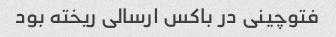
فتوچینی در باکس ارسالی ریخته بود